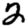
Digit: 2